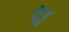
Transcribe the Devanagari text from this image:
देउु